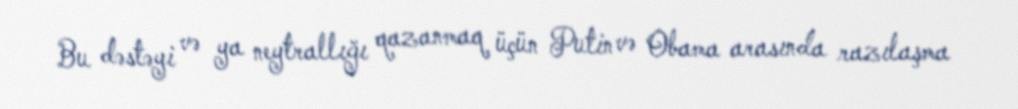
Bu dəstəyi və ya neytrallığı qazanmaq üçün Putin və Obama arasında razılaşma